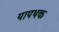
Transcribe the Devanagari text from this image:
यापथक